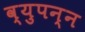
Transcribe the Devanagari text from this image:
व्युपन्न